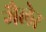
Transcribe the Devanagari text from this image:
गैलेर